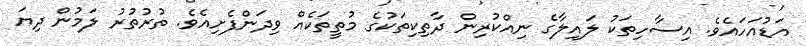
އަޑުއަހައެވެ. އިސާހިތަކު ލައިލާގެ ނިއްކުރިން ދާތިކިތަކުގެ މުތީތަކެއް ވިދަންފެށިއެވެ. ތުރުތުރު ލަމުން ދިޔަ